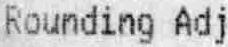
ROUNDING ADJ